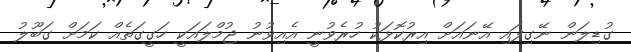
ގުޑިލަން ނޭގިފައި އޭނައަށް އިރުކޮޅަކު ހުރެވުނީ އެއިވުނު ޖުމްލައަކީ ހަގީގަތެއް ކަމަށް ގަބޫލު